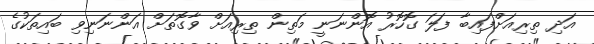
އަދި ތިރިއަށްފައިބާ ފަލަ ގޮހޮރު އޮންނަނީ މަތިން ތިރިއަށް ވާގޮތަށް އަންނަނިވި ބައިތަކުގެ